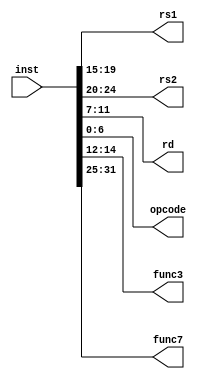
module inst_decode(
    input [31:0] inst,
    output [4:0] rs1, rs2, rd,
    output [6:0] opcode,
    output [2:0] func3,
    output [6:0] func7
    //output [31:0] imm
);
    assign opcode = inst[6:0];
    assign rd = inst[11:7];
    assign func3 = inst[14:12];
    assign rs1 = inst[19:15];
    assign rs2 = inst[24:20];
    assign func7 = inst[31:25];

    
endmodule